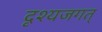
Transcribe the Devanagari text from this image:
दृश्यजगत्